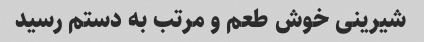
شیرینی خوش طعم و مرتب به دستم رسید